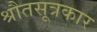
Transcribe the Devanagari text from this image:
श्रौतसूत्रकार